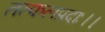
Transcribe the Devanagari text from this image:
तत्फलप्रदाः।।